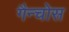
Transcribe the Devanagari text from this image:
गैन्चोस